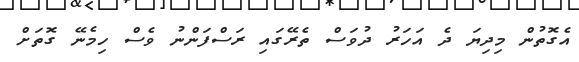
އެގޮތުން މިދިޔަ ދެ އަހަރު ދުވަސް ތެރޭގައި ރަސްފަންނު ވެސް ހިމެނޭ ގޮތަށް